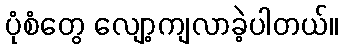
ပုံစံတွေ လျော့ကျလာခဲ့ပါတယ်။